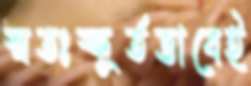
স্বতঃস্ফূর্তভাবেই